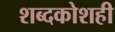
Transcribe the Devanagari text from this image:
शब्दकोशही